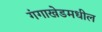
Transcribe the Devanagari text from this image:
गंगाखेडमधील